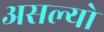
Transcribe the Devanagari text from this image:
असल्याे